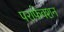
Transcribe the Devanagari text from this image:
पराफेक्शन